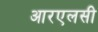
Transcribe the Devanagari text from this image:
आरएलसी